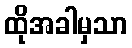
ထိုအခါမှသာ